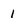
Character: 1